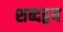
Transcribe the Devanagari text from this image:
शब्दद्वय